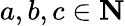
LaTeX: a,b,c\in\mathbf{N}